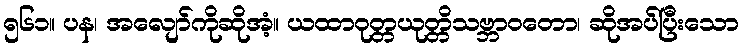
၅၆၁။ ပန၊ အလျော်ကိုဆိုအံ့။ ယထာဝုတ္တယုတ္တိသဗ္ဘာဝတော၊ ဆိုအပ်ပြီးသော